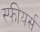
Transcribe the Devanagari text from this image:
स्फीयर्स